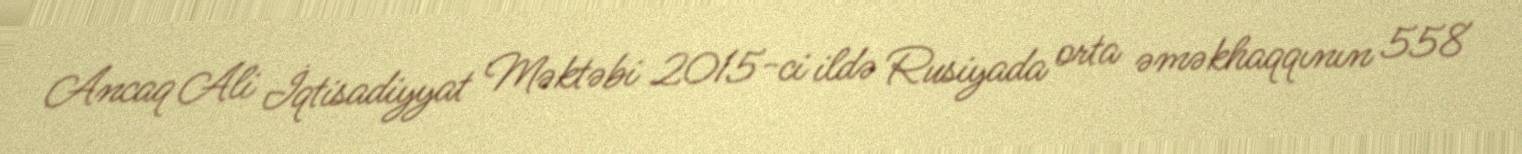
Ancaq Ali İqtisadiyyat Məktəbi 2015-ci ildə Rusiyada orta əməkhaqqının 558